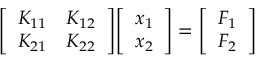
{ \left[ \begin{array} { l l } { K _ { 1 1 } } & { K _ { 1 2 } } \\ { K _ { 2 1 } } & { K _ { 2 2 } } \end{array} \right] } { \left[ \begin{array} { l } { x _ { 1 } } \\ { x _ { 2 } } \end{array} \right] } = { \left[ \begin{array} { l } { F _ { 1 } } \\ { F _ { 2 } } \end{array} \right] }